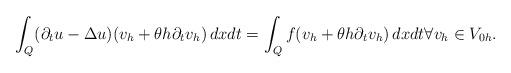
LaTeX: \begin{align*} \int_Q (\partial_t u - \Delta u )(v_h + \theta h \partial_t v_h ) \,dx dt =\int_Q f (v_h + \theta h \partial_t v_h ) \,dx dt \forall v_h \in V_{0h}. \end{align*}